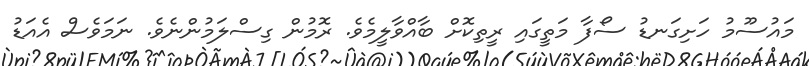
މައުސޫމު ހަށިގަނޑު ސޯފާ މަތީގައި ރީތިކޮށް ބާއްވާލީމެވެ. ރޮމުން ގިސްލަމުންނެވެ. ނަމަވެސް އެއަޑު